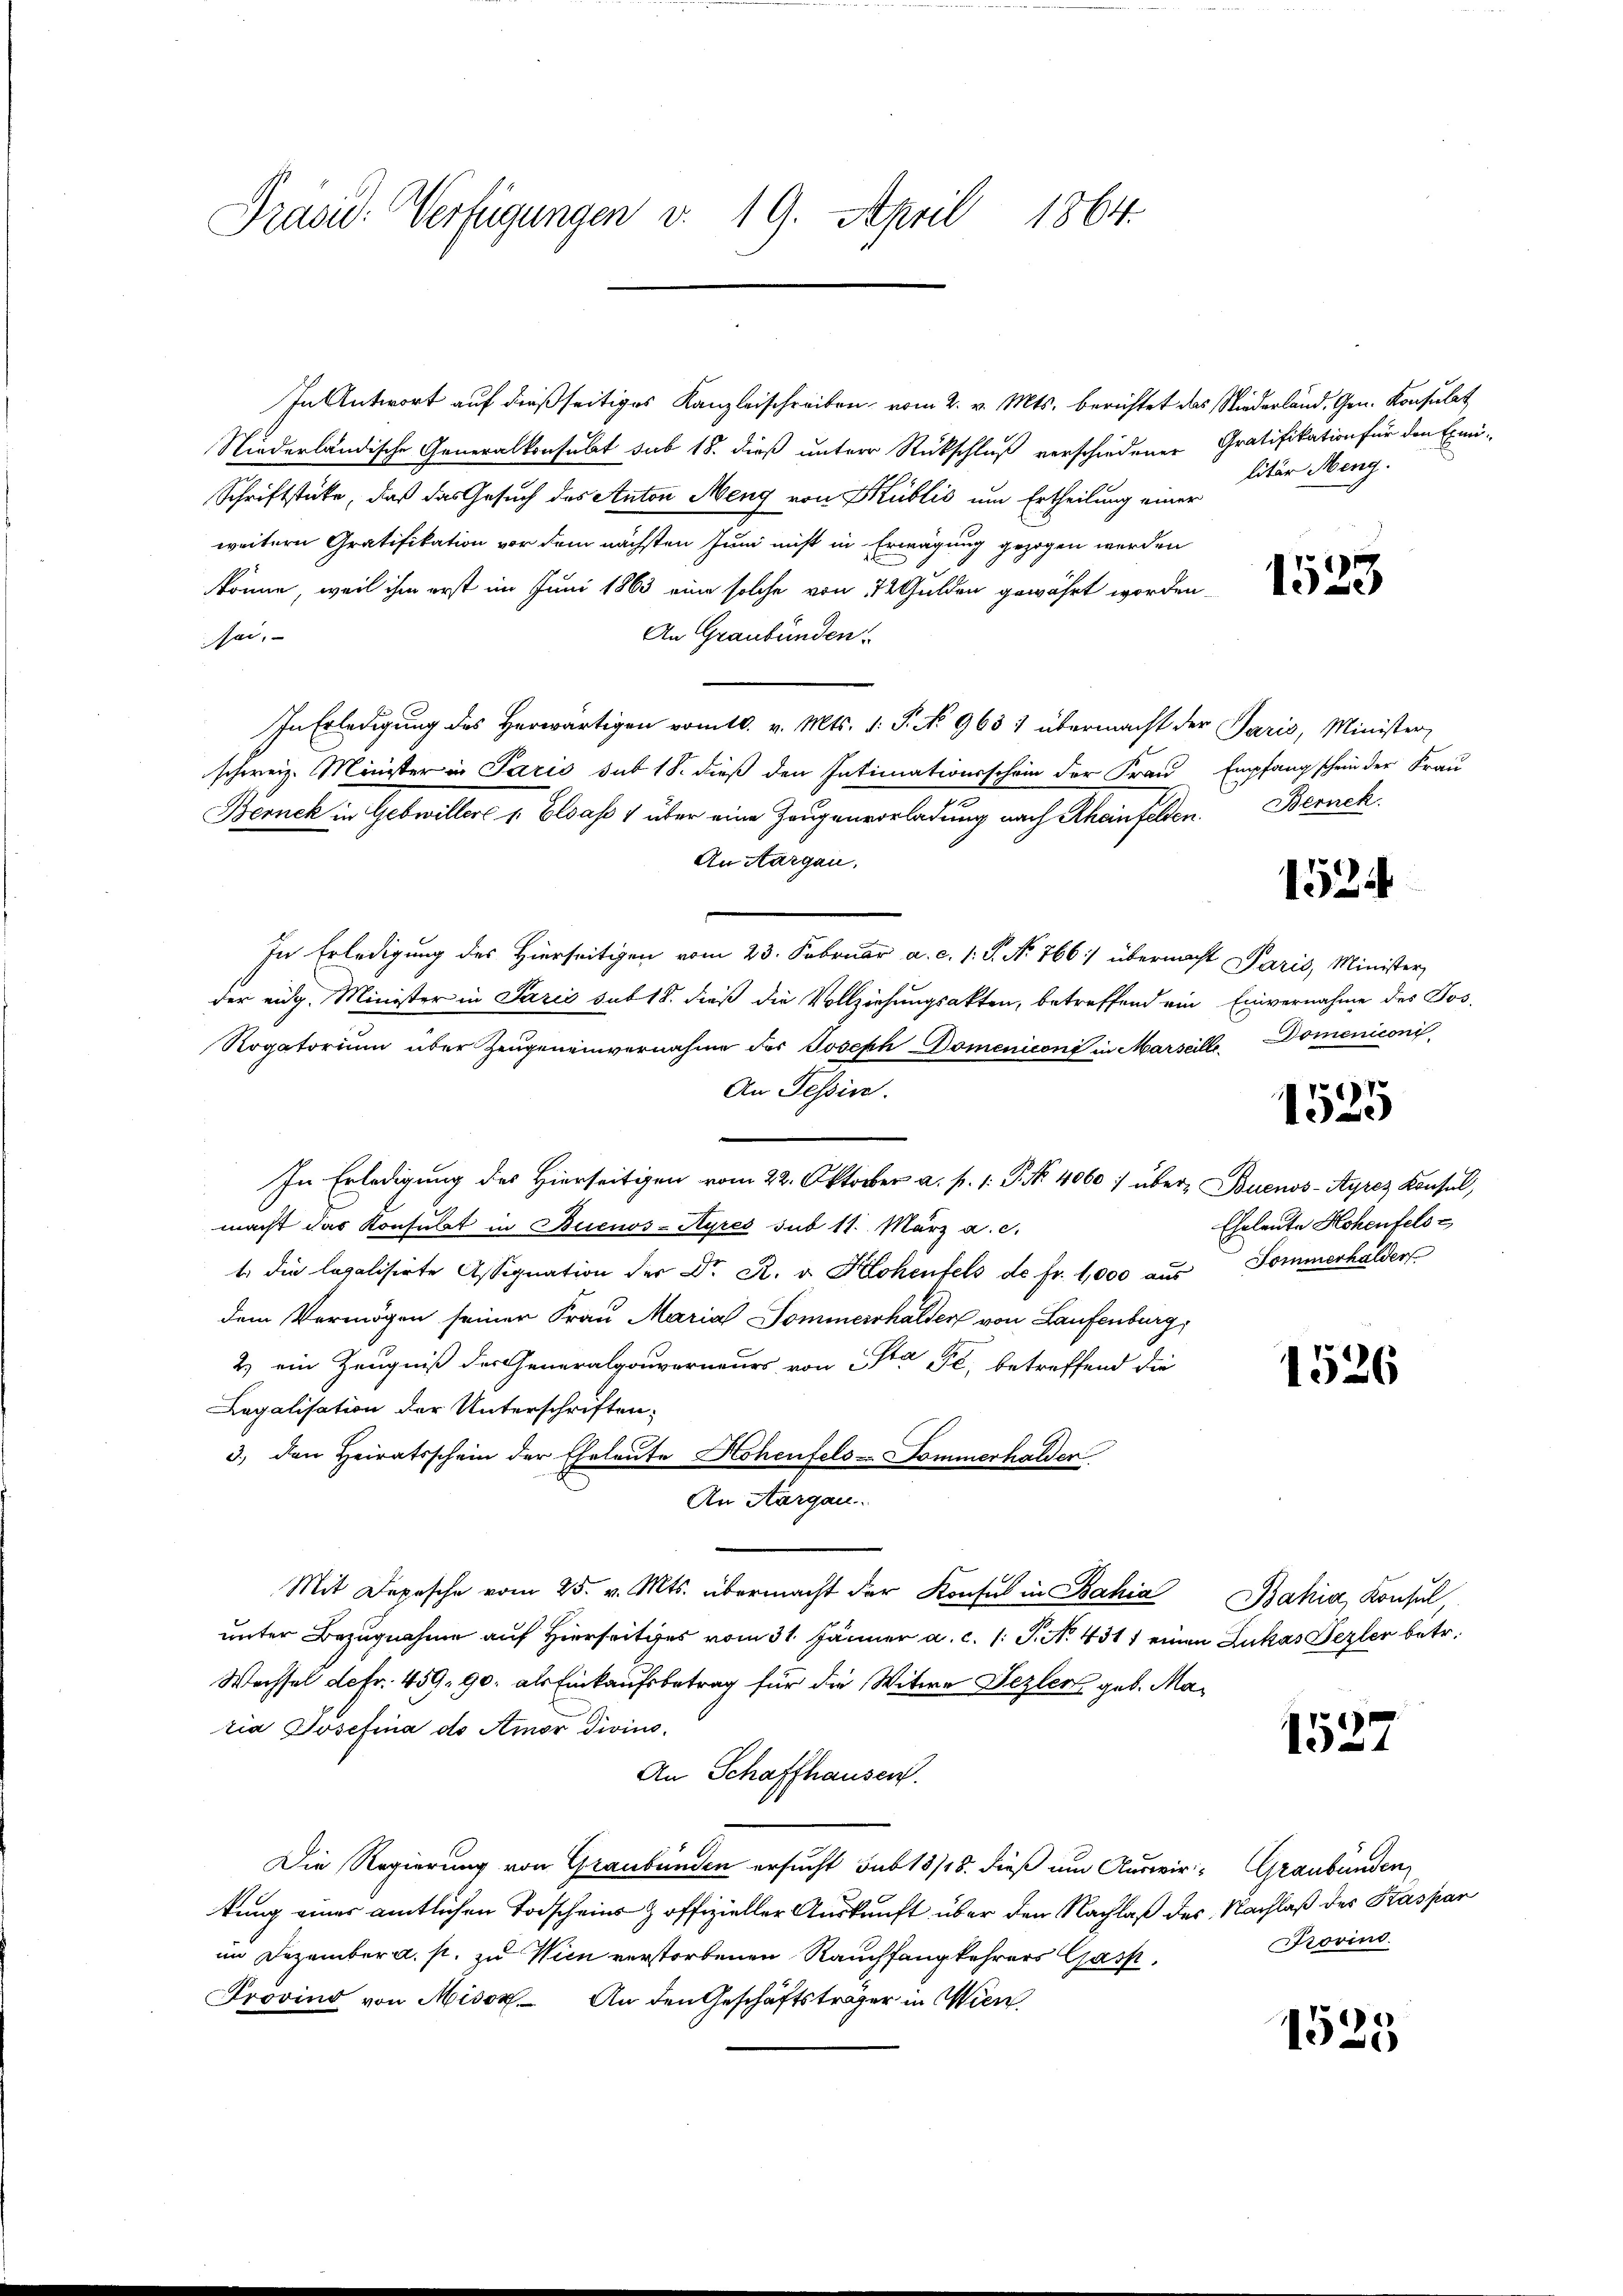
Präsid. Verfügungen v. 19. April 1864.

In Antwort auf dießseitiges Kanzleischreiben, vom 2. v. Mts. berichtet das Niederland, Gen. Konsulat
Niederländische Generalkonsulat sub 18. dieß unter Rückschluß verschiedener Gratifikation für den Exmi-
Schriftstücke, daß das Gesuch des Anton Meng von Kublić um Ertheilung einer
weitern Gratifikation vor dem nächsten Juni nicht in Erwägung gezogen werden
könne, weil ihm erst im Juni 1863 eine solche von 12 Gulden gewährt worden
An Graubünden.
sei.
In Erledigung des Herwärtigen vom 10. v. Mts. v. P. No. 963 1 übermacht der Paris, Minister
schweiz. Minister in Paris sub 18. dieß den Intimationsschein der Frau Empfang schein der Frau
Bernck in Gebwiller v. Elsaß 1 über eine Zeugenvorladung nach Rheinfelden. Zürich
An Aargau.
In Erledigung des Hierseitigen vom 23. Februar a. c. 1. J. No. 766: übermacht Paris, Minister
der eidg. Minister in Paris sub 18. dieß die Vollziehungsakten, betreffend ein Einvernahme des Tos-
Rogatorium über Zeugeneinvernahme des Joseph Domeniconi in Marseille
An Tessin.
In Erledigung des Hierseitigen vom 22. Oktober a. p. 1. P. Nr. 4060 / über Buenos-Ayres Konsul,
macht das Konsulat in Buenos-Ayres sub 11. März a.c.
t. die legalisirte Assignation der Dr. R. v. Klohenfels de fr. 1,000 aŭs Pommerhalder
dem Vermögen seiner Frau Maria Sommerhalder von Laufenburg,
2) ein Zeugniß des Generalgouverneurs von Na Pl, betreffend die
Legalisation der Unterschriften.
3.) den Heiratsschein der Eheleute Hohenfels Sommerhalder
An Aargau.
Mit Depesche vom 25. v. Mts. übermacht der Konsul in Bahia Bahia, Konsul,
unter Bezugnahme auf Hierseitiges vom 31. Jänner a. c. s. S. N. 431) einen Lukas Bezler betr.
Wechsel defr. 459. 90. als Einkaufsbetrag für die Witwe Jezler geb. Maria Josefina des Amor Divius
An Schaffhausen.
Die Regierung von Graubünden ersucht sub 13/18. dieß um Auswir- Graubünden
tung einer amtlichen Todscheins z offizieller Auskunft über den Nachlaß des Nachlaß des Kaspar
im Dezember a. p. zu Wien verstorbenen Rauchfangkehrers Gasp.
Provind von Misox An den Geschäftsträger in Wien,

litär Meng.

1523

1524

Domeniconi
7

10

Eheleute Hohenfelse

1526

1537

Frovind.

1525